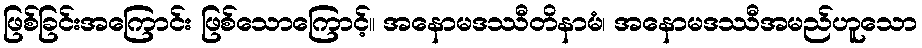
ဖြစ်ခြင်းအကြောင်း ဖြစ်သောကြောင့်။ အနောမဒဿီတိနာမံ၊ အနောမဒဿီအမည်ဟူသော